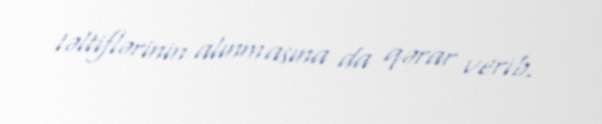
təltiflərinin alınmasına da qərar verib.